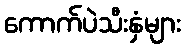
ကောက်ပဲသီးနှံများ